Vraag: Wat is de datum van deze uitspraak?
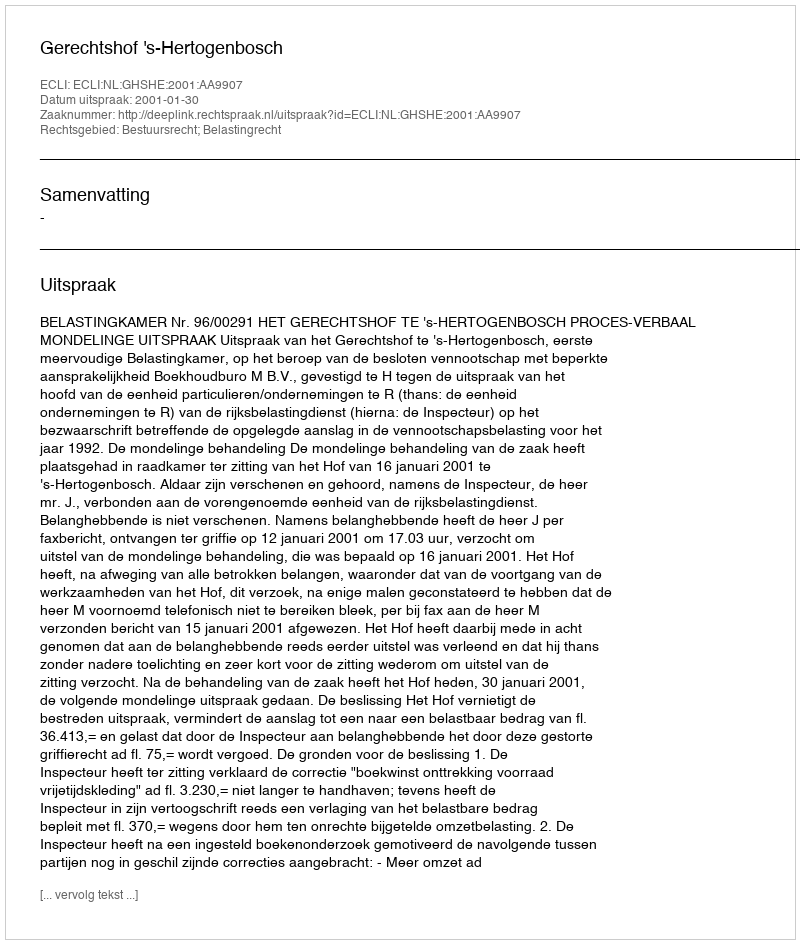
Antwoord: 2001-01-30